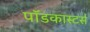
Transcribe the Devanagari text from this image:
पॉडकास्टर्स